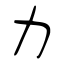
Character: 力